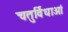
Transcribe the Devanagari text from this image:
चतुर्विधाओं